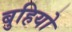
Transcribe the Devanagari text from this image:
बुहियो